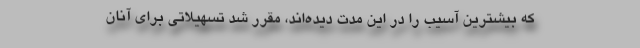
که بیشترین آسیب را در این مدت دیده‌اند، مقرر شد تسهیلاتی برای آنان